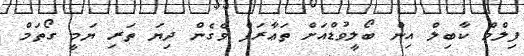
ފިލްމް ކާބިލް އިން ބޯލީވުޑްއަށް ތަޢާރަފް ވެގެން ދިޔަ ތަރި ޔަމީ ގޯތަމް